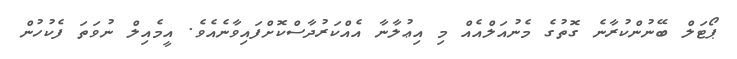
ޕޯޓަލް ބޭނުންކުރާނެ ގޮތުގެ މެނުއަލްއެއް މި އިޢުލާނާ އެއްކަރުދާސްކޮށްފައިވާނެއެވެ. އީމެއިލް ނުވަތަ ފެކުހުން